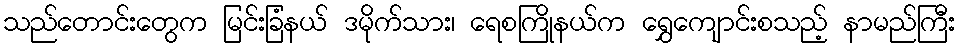
သည်တောင်းတွေက မြင်းခြံနယ် ဒမိုက်သား၊ ရေစကြိုနယ်က ရွှေကျောင်းစသည့် နာမည်ကြီး